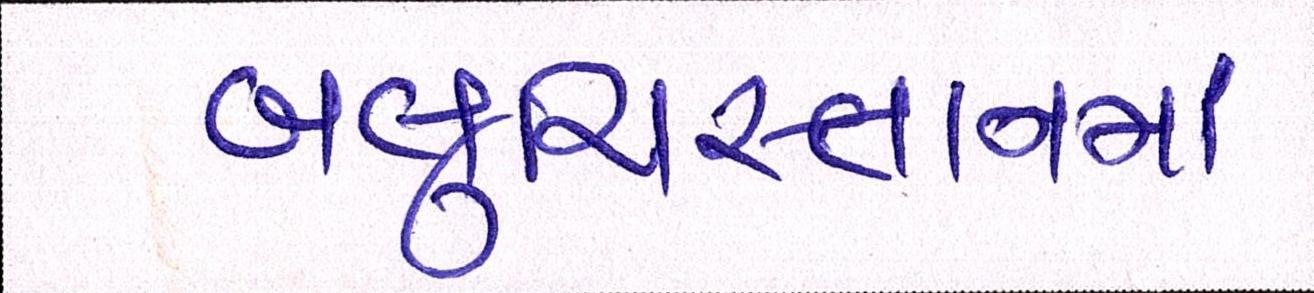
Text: બલુચિસ્તાનમાં